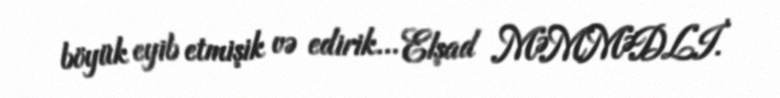
böyük eyib etmişik və edirik... Elşad MƏMMƏDLİ.